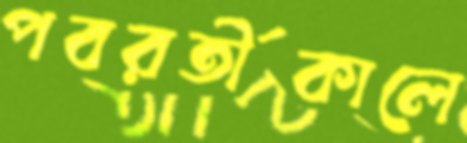
পবরর্তীকালে